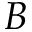
B